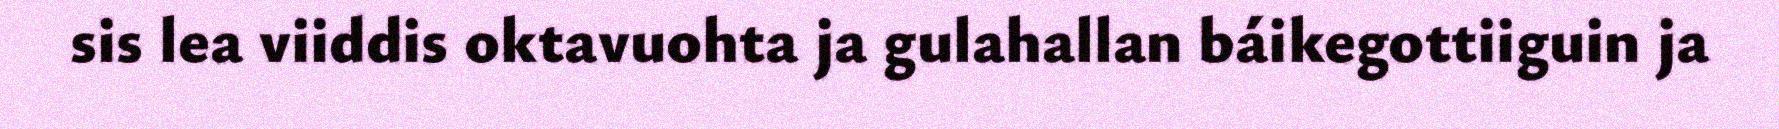
sis lea viiddis oktavuohta ja gulahallan báikegottiiguin ja